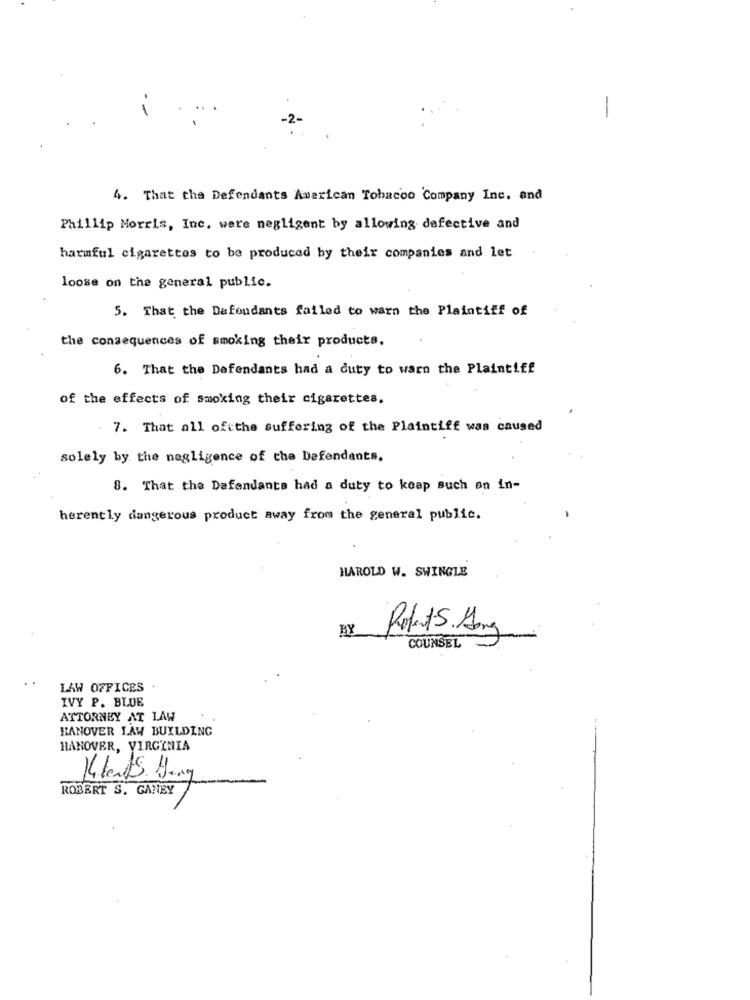
-
4. That the Defendants American Tobacco Company Inc. and
Phillip Morris, Inc. were negligent by allowing defective and
harmful cigarettes to be produced by their companies and let
loose on the general public.
5. That the Dafondants failed to warn the Plaintiff of
the consequences of smoking their products.
6. That the Defendants had a duty to warn the Plaintiff
of the effects of smoking their cigarettes.
. 7. That all oftthe suffering of the Plaintiff was caused
solely by the negligence of the Defendants.
8. That the Defendants had a duty to keep such an in-
herently dangerous product away from the general public.
HAROLD W. SWINGLE
BY
Rodent 5. Gong
COUNSEL
LAW OFFICES
IVY P. BLUE
ATTORNEY AT LAW
HANOVER LAW BUILDING
HANOVER, VIRGINIA
ROBERT S. GANBY